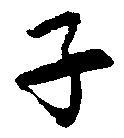
子